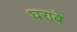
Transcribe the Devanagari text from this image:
घराबे